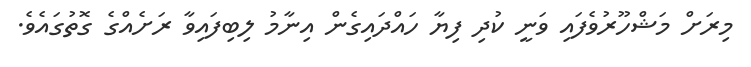
މިރަށް މަޝްހޫރުވެފައި ވަނީ ކުދި ފިޔާ ހައްދައިގެން އިނާމު ލިބިފައިވާ ރަށެއްގެ ގޮތުގައެވެ.